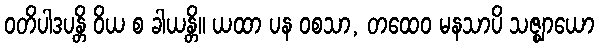
ဝတိပါဒပန္တိ ဝိယ စ ခါယန္တိ။ ယထာ ပန ဝစသာ, တထေဝ မနသာပိ သဇ္ဈာယော